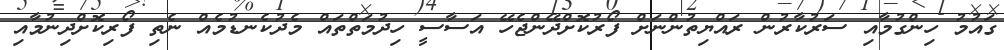
ގައުމު ހިންގުމާއި ސަރުކާރުން ރައްޔިތުންނަށް ފޯރުކޮށްދޭންޖެހޭ އަސާސީ ހިދުމަތްތައް މެދުކެނޑުމެއް ނެތި ފޯރިކޮށްދިނުމާއި